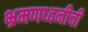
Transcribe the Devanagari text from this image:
भ्रमणध्वनीची